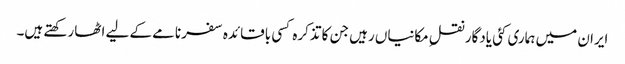
ایران میں ہماری کئی یادگار نقلِ مکانیاں رہیں جن کا تذکرہ کسی باقائدہ سفرنامے کے لیے اٹھا رکھتے ہیں۔